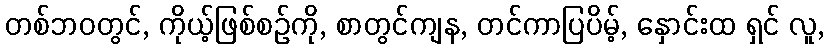
တစ်ဘဝတွင်, ကိုယ့်ဖြစ်စဉ်ကို, စာတွင်ကျန, တင်ကာပြပိမ့်, နှောင်းထ ရှင် လူ,